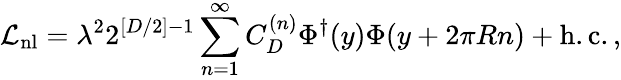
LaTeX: {\cal L}_{\mathrm{nl}}=\lambda^{2}2^{[D/2]-1}\sum_{n=1}^{\infty}C_{D}^{(n)}\Phi^{\dagger}(y)\Phi(y+2\pi Rn)+\mathrm{h.c.}\, ,